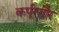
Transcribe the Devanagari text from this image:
कर्पूरगौर